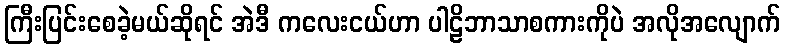
ကြီးပြင်းစေခဲ့မယ်ဆိုရင် အဲဒီ ကလေးငယ်ဟာ ပါဠိဘာသာစကားကိုပဲ အလိုအလျောက်